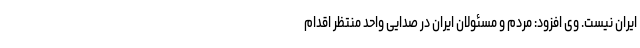
ایران نیست. وی افزود: مردم و مسئولان ایران در صدایی واحد منتظر اقدام